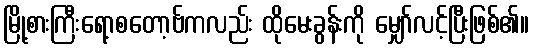
မြို့စားကြီးရော့စတော့ဗ်ကလည်း ထိုမေးခွန်းကို မျှော်လင့်ပြီးဖြစ်၏။